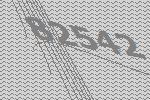
82542